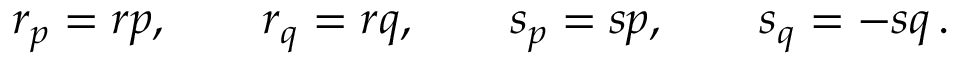
r _ { p } = r p , \qquad r _ { q } = r q , \qquad s _ { p } = s p , \qquad s _ { q } = - s q \, .